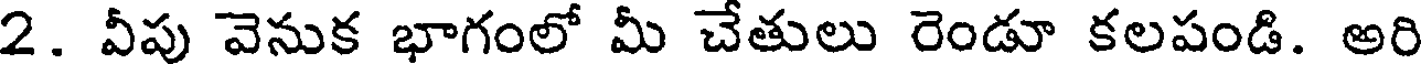
2. వీపు వెనుక భాగంలో మీ చేతులు రెండూ కలపండి. అరి